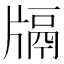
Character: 𤗦